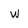
Character: w